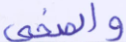
والضحى